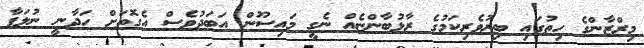
މިރްޒާންގެ ހިތުގައި ބިރުވެރިކަމުގެ ރާޅުބާންޏެއް ނެގީ މައިސޫން އަބަދުވެސް އެގޮތަށް ހަދާނީ ނުލަފާ